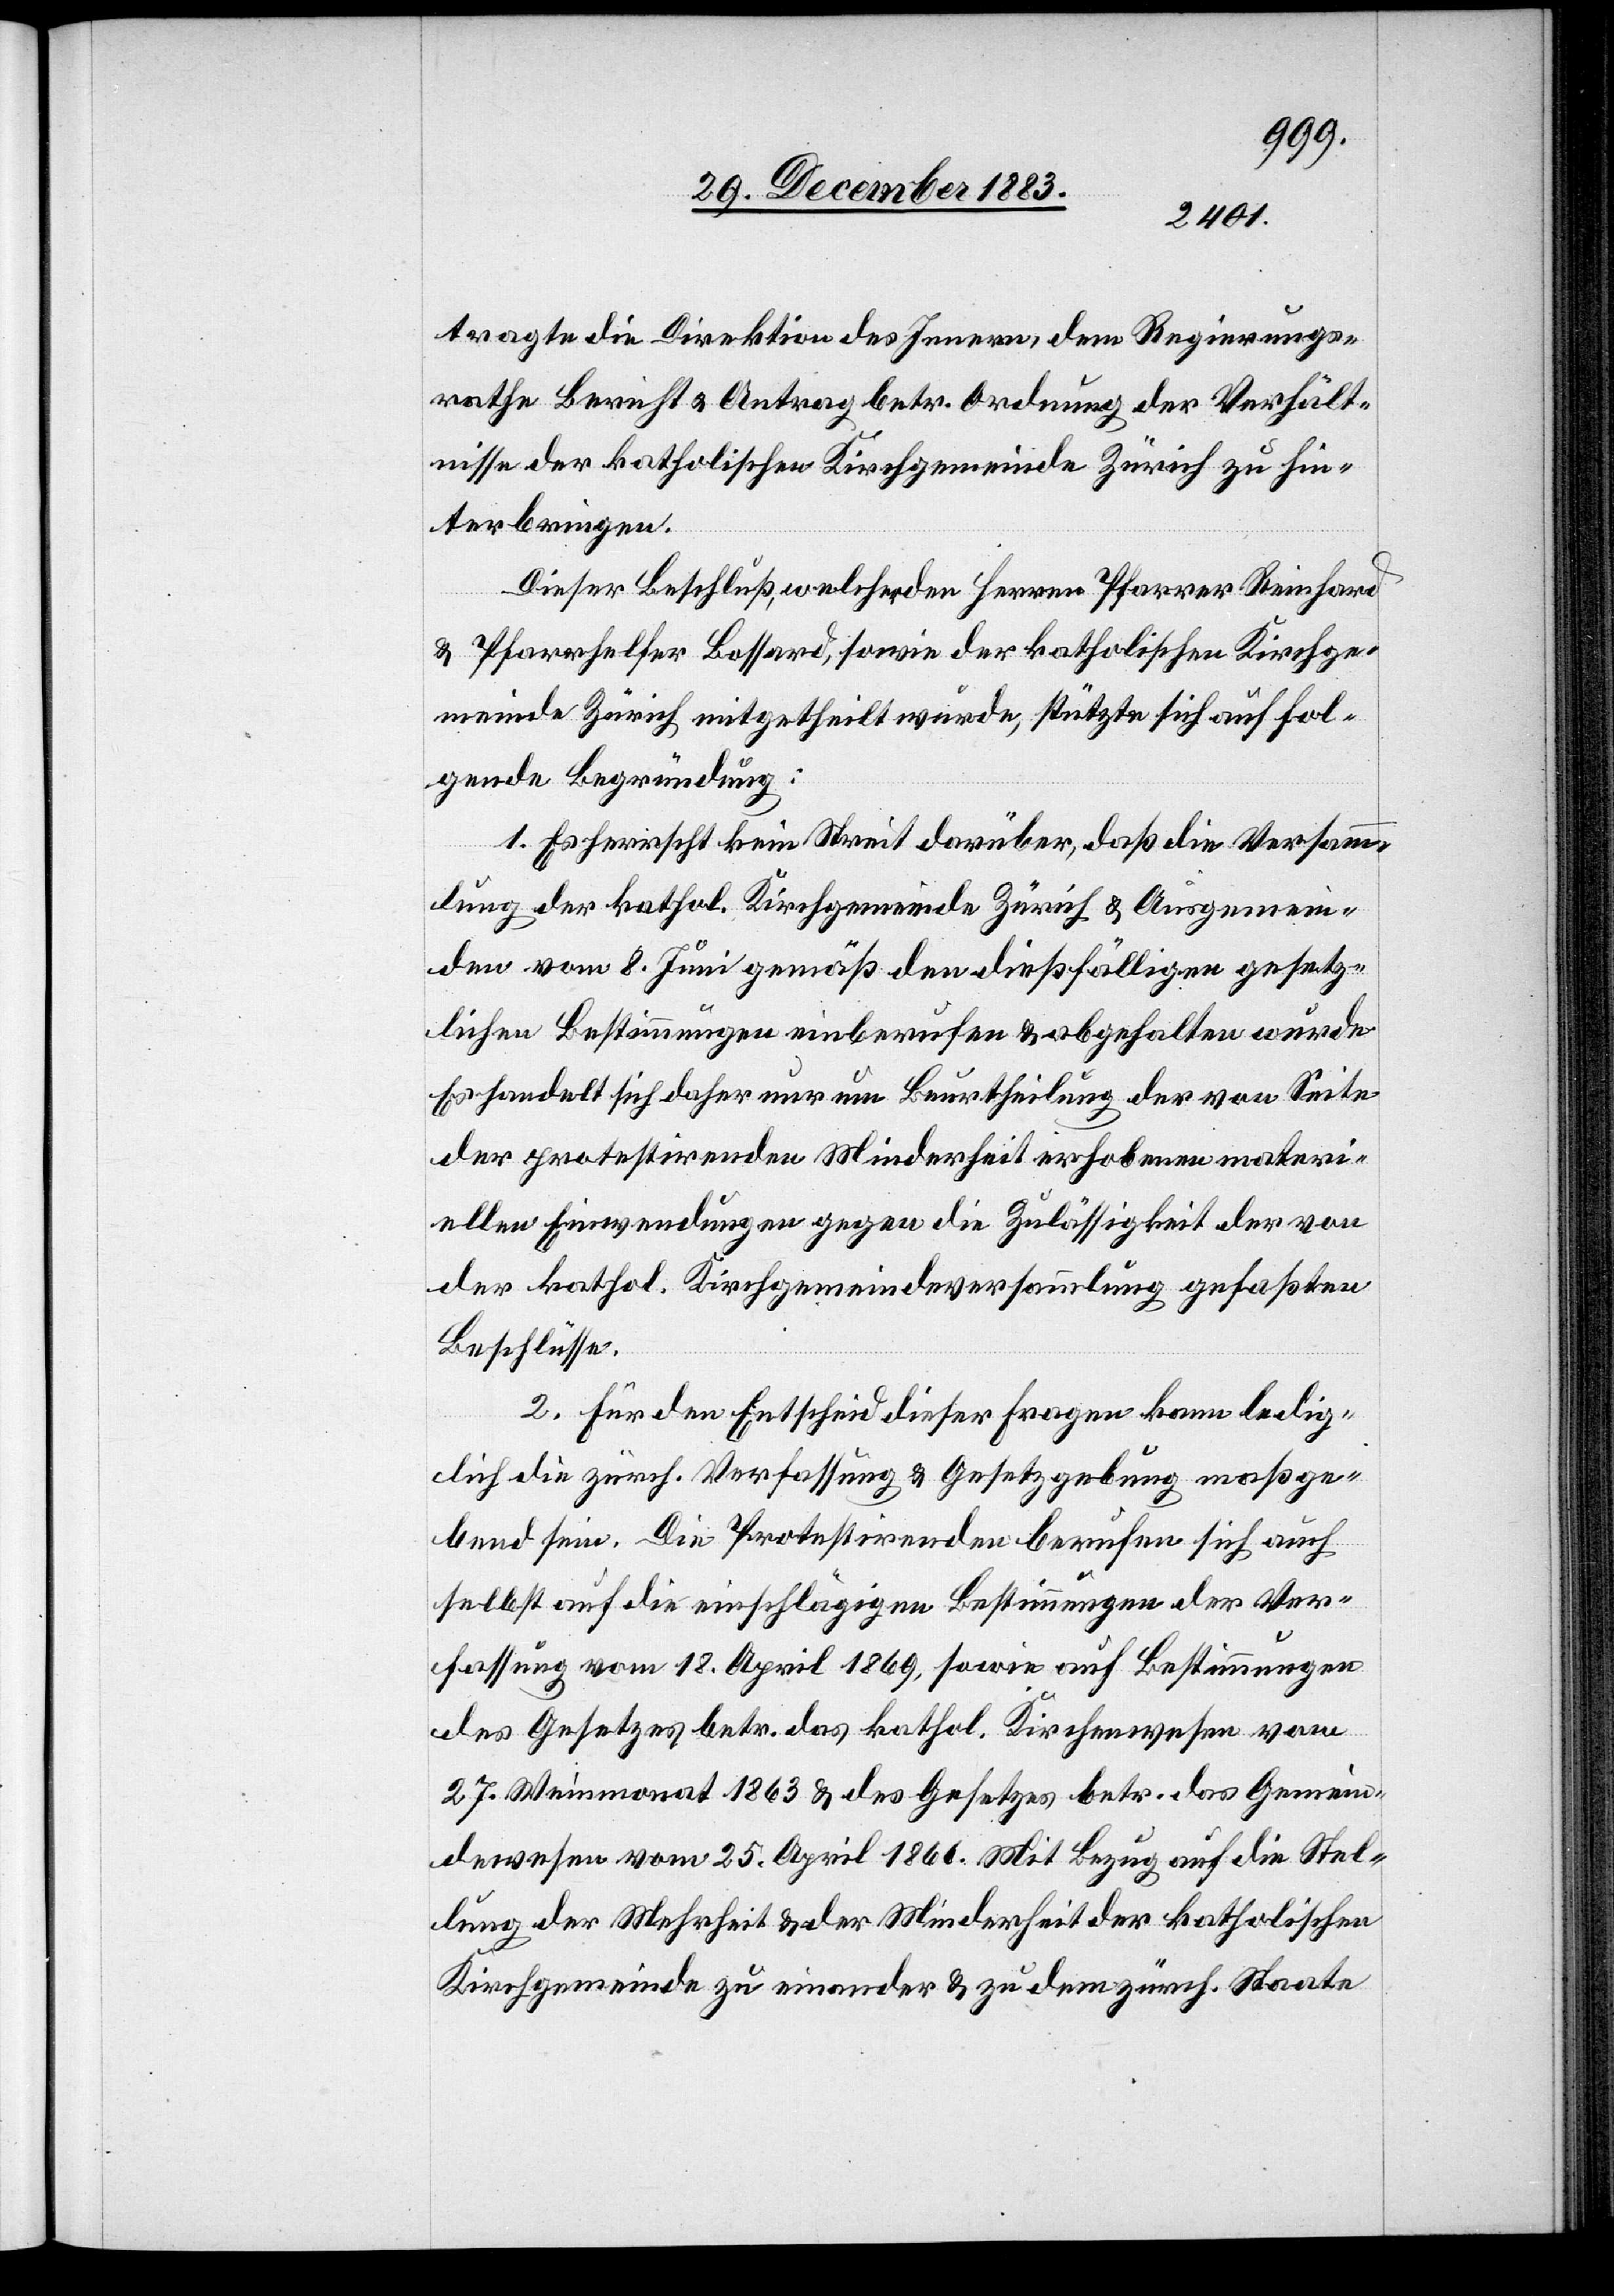
tragte die Direktion des Innern, dem Regierungs¬
rathe Bericht & Antrag betr. Ordnung der Verhält¬
nisse der katholischen Kirchgemeinde Zürich zu hin¬
terbringen.
Dieser Beschluß, welcher den Herren Pfarrer Reinhard
& Pfarrhelfer Bossard, sowie der katholischen Kirchge¬
meinde Zürich mitgetheilt wurde, stützte sich auf fol¬
gende Begründung:
1. Es herrscht kein Streit darüber, daß die Versamm¬
lung der kathol. Kirchgemeinde Zürich & Ausgemein¬
den vom 8. Juni gemäß den dießfälligen gesetz¬
lichen Bestimmungen einberufen & abgehalten wurde.
Es handelt sich daher nur um Beurtheilung der von Seite
der protestirenden Minderheit erhobenen materi¬
ellen Einwendungen gegen die Zulässigkeit der von
der kathol. Kirchgemeindeversammlung gefaßten
Beschlüsse.
2. Für den Entscheid dieser Fragen kann ledig¬
lich die zürch. Verfassung & Gesetzgebung maßge¬
bend sein. Die Protestirenden berufen sich auch
selbst auf die einschlägigen Bestimmungen der Ver¬
fassung vom 18. April 1869, sowie auf Bestimmungen
des Gesetzes betr. das kathol. Kirchenwesen vom
27. Weinmonat 1863 & des Gesetzes betr. das Gemein¬
dewesen vom 25. April 1866. Mit Bezug auf die Stel¬
lung der Mehrheit & der Minderheit der katholischen
Kirchgemeinde zu einander & zu dem zürch. Staate